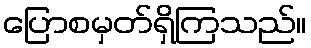
ပြောစမှတ်ရှိကြသည်။